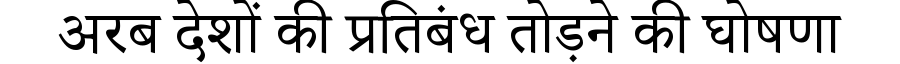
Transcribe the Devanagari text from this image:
अरब देशों की प्रतिबंध तोड़ने की घोषणा